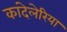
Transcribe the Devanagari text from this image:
कांदेलेरिया